Bombay plague: being a history of the progress of plague in the Bombay presidency from September 1896 to June 1899
Year: 1896
Disease focus: Plague
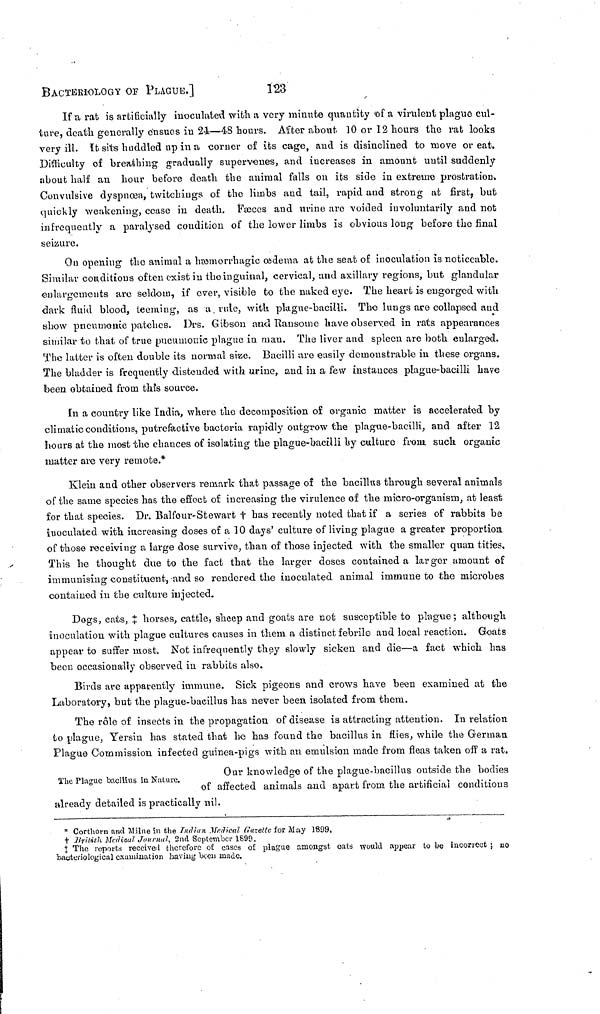
BACTERIOLOGY OF PLAGUE.]
123
If a rat is artificially inoculated with a very minute quantity of a virulent plague cul-
ture, death generally ensues in 24—48 hours. After about 10 or 12 hours the rat looks
very ill. It sits huddled up in a corner of its cage, and is disinclined to move or eat.
Difficulty of breathing gradually supervenes, and increases in amount until suddenly
about half an hour before death the animal falls on its side in extreme prostration.
Convulsive dyspnoea, twitchings of the limbs and tail, rapid and strong at first, but
quickly weakening, cease in death. Fasces and urine arc voided involuntarily and not
infrequently a paralysed condition of the lower limbs is obvious long before the final
seizure.
On opening the animal a hæorrhagic ædema at the seat of inoculation is noticeable.
Similar conditions often exist in the inguinal, cervical, and axillary regions, but glandular
enlargements arc seldom, if ever, visible to the naked eye. The heart is engorged with
dark fluid blood, teeming, as a rule, with plague-bacilli. The lungs ace collapsed and
show pneumonic patches. Drs. Gibson and Ransome have observed in rats appearances
similar to that of true pueumonic plague in man. The liver and spleen are both enlarged.
The latter is often double its normal sise. Bacilli are easily demonstrable in these organs.
The bladder is frequently distended with, urine, and in a few instances plague-bacilli have
been obtained from this source.
In a country like India, where the decomposition of organic matter is accelerated by
climatic conditions, putrefactive bacteria rapidly outgrow the plague-bacilli, and after 12
hours at the most the chances of isolating the plague-bacilli by culture from such, organic
matter are very remote.*
Klein and other observers remark that passage of the bacillus through several animals
of the same species has the effect of increasing the virulence of the micro-organism, at least
for that species. Dr. Balfour-Stewart t has recently noted that if a series of rabbits be
inoculated with increasing doses of a 10 days' culture of living plague a greater proportion
of those receiving a large dose survive, than of those injected with the smaller quan tities.
This he thought due to the fact that the larger doses contained a larger amount of
immunising constituent, and so rendered the inoculated animal immune to the microbes
contained in the culture injected.
Dogs, eats, horses, cattle, sheep and goats are not susceptible to plague; although
inoculation with plague cultures causes in them a distinct febrile and local reaction. Goats
appear to suffer most. Not infrequently they slowly sicken and die—a fact which has
been occasionally observed in rabbits also.
Birds are apparently immune. Sick pigeons and crows have been examined at the
Laboratory, but the plague-bacillus has never been isolated from them.
The rôle of insects in the propagation of disease is attracting attention. In relation
to plague, Yersin has stated that he has found the bacillus in flies, while the German.
Plague Commission infected guinea-pigs with an emulsion made from fleas taken off a rat.
Our knowledge of the plague-bacillus outside the bodies
The Plague bacillus in Nature.
of affected animals and apart from the artificial conditions
already detailed is practically nil.
* Corthorn and Milne in the Indian Medical Gazette for May 1899.
† British Medical Journal, 2nd September 1899.
‡ The reports received therefore of cases of plague amongst, oats would appear to be incorrect ; no
bacteriological examination having been made.